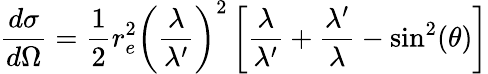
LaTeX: {\frac{d\sigma}{d\Omega}}={\frac{1}{2}}r_{e}^{2}\left({\frac{\lambda}{\lambda^{\prime}}}\right)^{2}\left[{\frac{\lambda}{\lambda^{\prime}}}+{\frac{\lambda^{\prime}}{\lambda}}-\sin^{2}(\theta)\right]